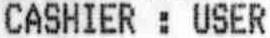
CASHIER : USER